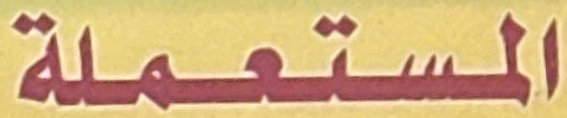
المستعملة